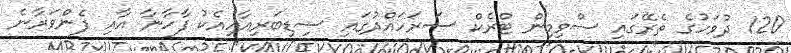
120 ދުވަހުގެ ތެރޭގައި ސްވިމިން ޓްރެކް ސަރަހައްދުގައި ސިޑިބަރިއާއިއެކު ފާހާނާ އާއި ފެންވަރާނެ